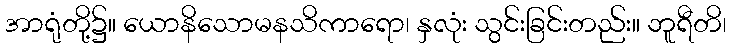
အာရုံတို့၌။ ယောနိသောမနသိကာရော၊ နှလုံး သွင်းခြင်းတည်း။ ဘူရီတိ၊